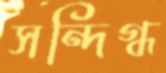
সন্দিগ্ধ